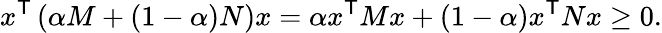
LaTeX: x^{\textsf{T}}\left(\alpha M+(1-\alpha)N\right)x=\alpha x^{\textsf{T}}Mx+(1-\alpha)x^{\textsf{T}}Nx\geq 0.